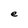
Character: e